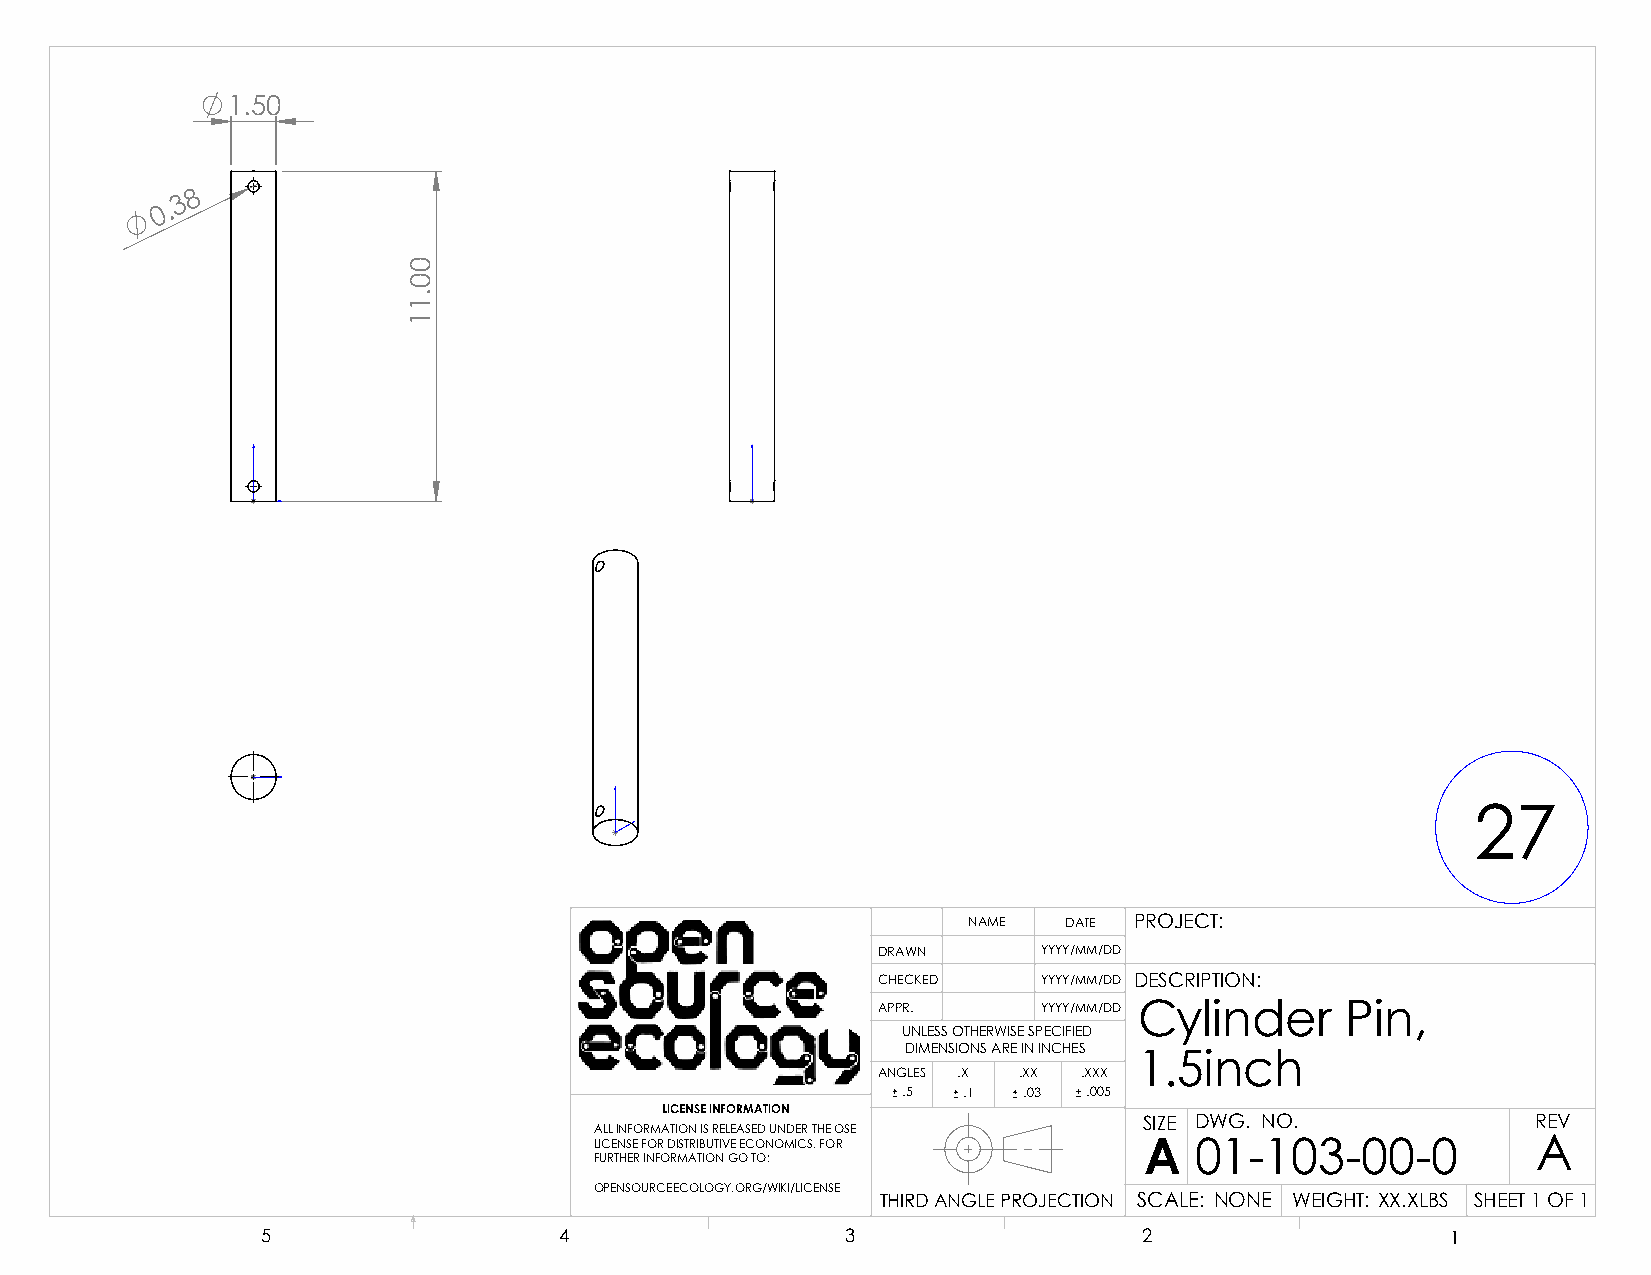
1.50
 8
 3
 0 .
 27
 NAME  DATE PROJECT:
 DRAWN      YYYY/MM/DD
 CHECKED    YYYY/MM/DD DESCRIPTION:
 APPR.      YYYY/MM/DD Cylinder Pin,
 UNLESS OTHERWISE SPECIFIED
 DIMENSIONS ARE IN INCHES
 1.5inch
 ANGLES .X .XX .XXX
 .5  .1  .03 .005
 LICENSE INFORMATION
 SIZE DWG. NO.             REV
 ALL INFORMATION IS RELEASED UNDER THE OSE
 LICENSE FOR DISTRIBUTIVE ECONOMICS. FOR A 01-103-00-0          A
 FURTHER INFORMATION GO TO:
 OPENSOURCEECOLOGY.ORG/WIKI/LICENSE
 THIRD ANGLE PROJECTION SCALE: NONE WEIGHT: XX.XLBS SHEET 1 OF 1
 5                   4                  3                   2                   1
 00.11